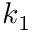
k _ { 1 }